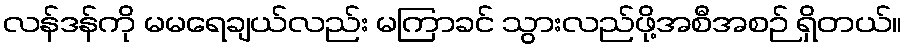
လန်ဒန်ကို မမရေချယ်လည်း မကြာခင် သွားလည်ဖို့အစီအစဉ် ရှိတယ်။